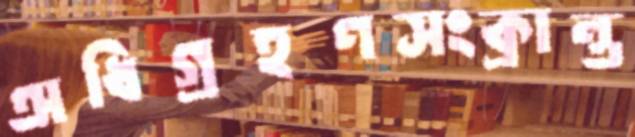
অধিগ্রহণসংক্রান্ত